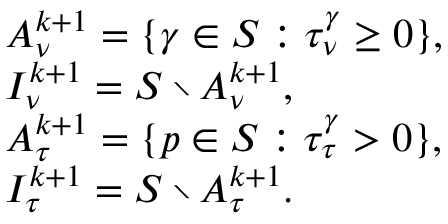
\begin{array} { r l } & { { \cal A } _ { \nu } ^ { k + 1 } = \{ \gamma \in { \cal S } : \tau _ { \nu } ^ { \gamma } \geq 0 \} , } \\ & { { \cal I } _ { \nu } ^ { k + 1 } = { \cal S } \setminus { \cal A } _ { \nu } ^ { k + 1 } , } \\ & { { \cal A } _ { \tau } ^ { k + 1 } = \{ p \in { \cal S } : \tau _ { \tau } ^ { \gamma } > 0 \} , } \\ & { { \cal I } _ { \tau } ^ { k + 1 } = { \cal S } \setminus { \cal A } _ { \tau } ^ { k + 1 } . } \end{array}